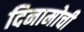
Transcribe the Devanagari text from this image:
दिनामोची